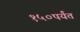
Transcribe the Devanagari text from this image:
१५०पर्यंत